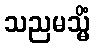
သညမသ္မိံ